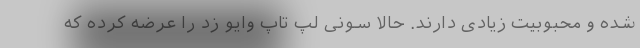
شده و محبوبیت زیادی دارند. حالا سونی لپ تاپ وایو زد را عرضه کرده که